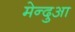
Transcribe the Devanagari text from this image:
मेन्दुआ